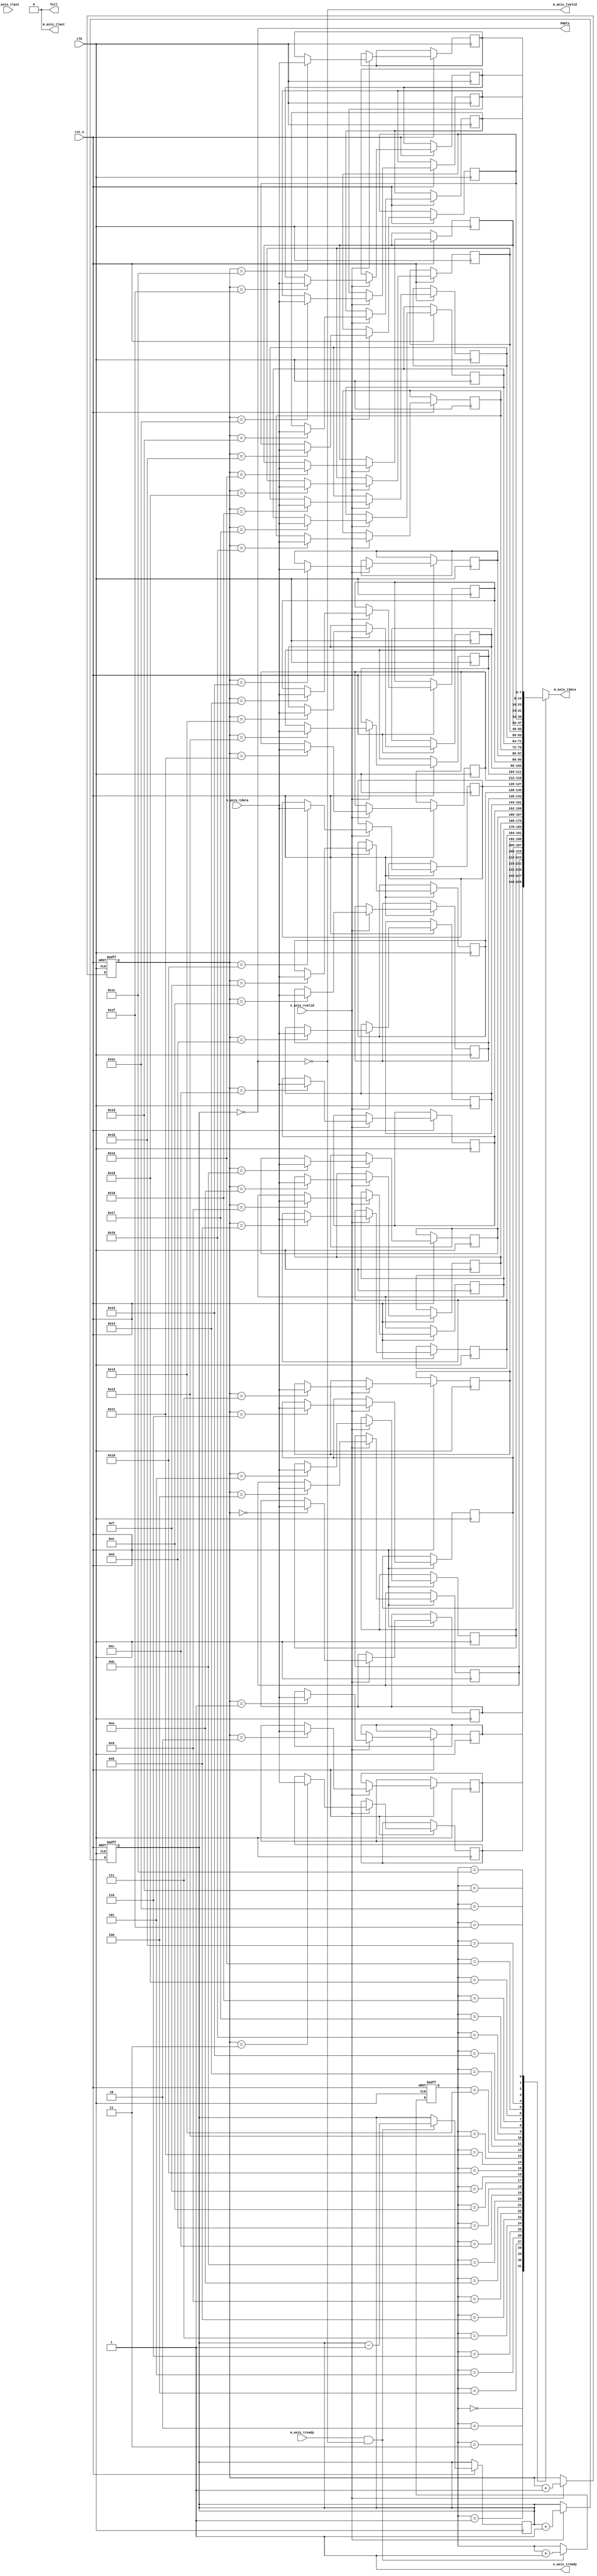
module fifo_dw #(
    parameter DATA_WIDTH = 8,
    parameter FIFO_DEPTH = 32
)(
    input wire clk,
    input wire rst_n,

    //AXI Stream Input Interface
    input wire [DATA_WIDTH-1:0] s_axis_tdata,
    input wire s_axis_tvalid,
    output wire s_axis_tready,
    input wire s_axis_tlast,

    //AXI Stream Output Interface
    output wire [DATA_WIDTH-1:0] m_axis_tdata,
    output wire m_axis_tvalid,
    input wire m_axis_tready,
    output wire m_axis_tlast,

    //FIFO Status Signals
    output wire full,
    output wire empty
);

//FIFO memory
reg [DATA_WIDTH-1:0] fifo_mem [FIFO_DEPTH-1:0];
reg [4:0] write_ptr;
reg [4:0] read_ptr;
reg [4:0] fifo_count;

//FIFO write
assign s_axis_tready = ~full;
always @(posedge clk or negedge rst_n) begin
    if (~rst_n) begin
        write_ptr <= 0;
        fifo_count <= 0;
    end else if (s_axis_tvalid && s_axis_tready) begin
        write_ptr <= write_ptr + 1; //Write pointer increment as a ring
        fifo_mem[write_ptr] <= s_axis_tdata;
        fifo_count <= fifo_count + 1;
    end
end

//FIFO read
assign m_axis_tdata = fifo_mem[read_ptr];
assign m_axis_tvalid = ~empty;
assign m_axis_tlast = 0;
always @(posedge clk or negedge rst_n) begin
    if (~rst_n) begin
        read_ptr <= 0;
    end else if (m_axis_tready && m_axis_tvalid) begin
        read_ptr <= read_ptr + 1; //Read pointer increment as a ring
        fifo_count <= fifo_count - 1;
    end
end

//FIFO status
assign full = (fifo_count == FIFO_DEPTH);
assign empty = (fifo_count == 0);

endmodule